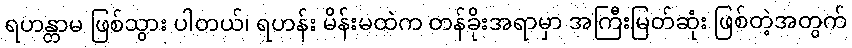
ရဟန္တာမ ဖြစ်သွား ပါတယ်၊ ရဟန်း မိန်းမထဲက တန်ခိုးအရာမှာ အကြီးမြတ်ဆုံး ဖြစ်တဲ့အတွက်